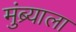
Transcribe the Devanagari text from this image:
मुंब्र्याला